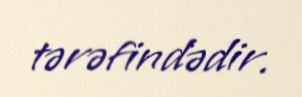
tərəfindədir.